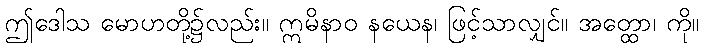
ဤဒေါသ မောဟတို့၌လည်း။ ဣမိနာဝ နယေန၊ ဖြင့်သာလျှင်။ အတ္ထော၊ ကို။